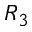
R _ { 3 }